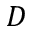
D